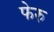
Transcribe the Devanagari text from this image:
फेरु